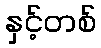
နှင့်တစ်